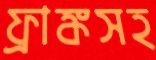
ফ্রাঙ্কসহ